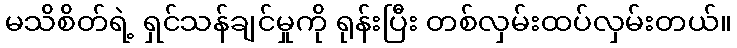
မသိစိတ်ရဲ့ ရှင်သန်ချင်မှုကို ရုန်းပြီး တစ်လှမ်းထပ်လှမ်းတယ်။